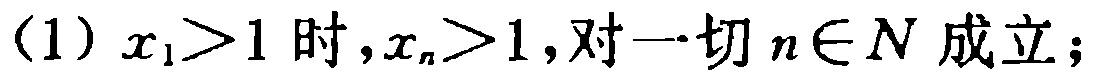
(1) $x_{1}>1$ 时,$x_{n}>1$,对一切 $n\in N$ 成立；